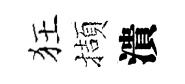
狂擷潰